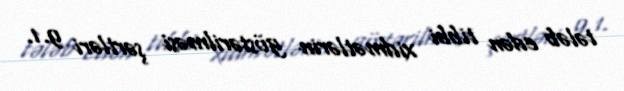
tələb edən tibbi xidmətlərin göstərilməsi şərtləri 9.1.